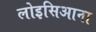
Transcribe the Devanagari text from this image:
लोइसिआना